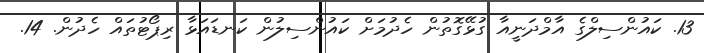
13. ކައުންސިލްގެ އާމްދަނީއާ ގުޅޭގޮތުން ހެދުމަށް ކައުންސިލުން ކަނޑައަޅާ ރިޕޯޓުތައް ހެދުން. 14.